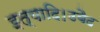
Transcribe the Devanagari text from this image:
इत्यादि।उबैद